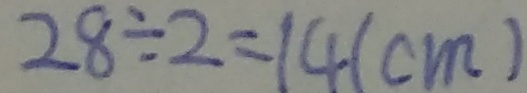
2 8 \div 2 = 1 4 ( c m )